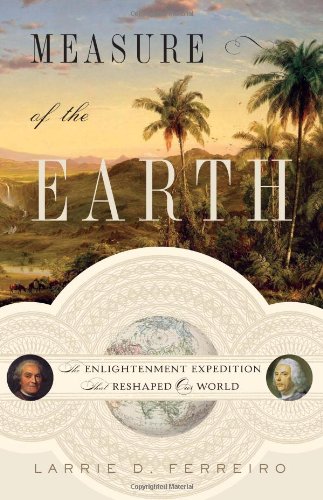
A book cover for Measure of the Earth: The Enlightenment Expedition That Reshaped Our World; Larrie D. Ferreiro; Science & Math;